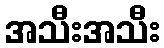
အသီးအသီး